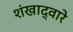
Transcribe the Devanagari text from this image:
शंखाद्वारे